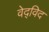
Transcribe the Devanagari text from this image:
वेद्‍विद